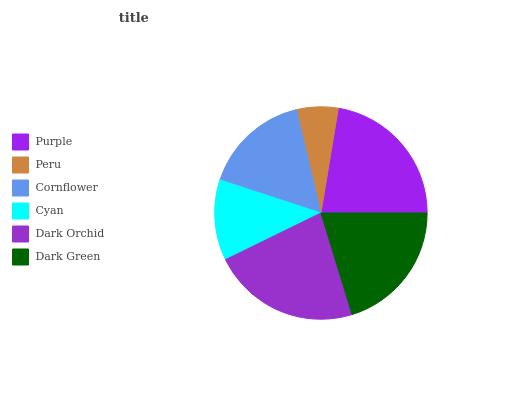
| Purple | Peru | Cornflower | Cyan | Dark Orchid | Dark Green |
 | --- | --- | --- | --- | --- | --- |
 | 22.5% | 6.32% | 16.2% | 12.3% | 22.5% | 20.2% |